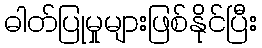
ဓါတ်ပြုမှုများဖြစ်နိုင်ပြီး